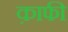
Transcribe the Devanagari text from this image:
क़ाफी